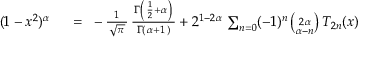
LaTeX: \begin{array} { r l } { ( 1 - x ^ { 2 } ) ^ { \alpha } } & { { } ~ = ~ - { \frac { 1 } { \, { \sqrt { \pi \, } } \, } } \, { \frac { \, \Gamma \left( \, { \frac { 1 } { 2 } } + \alpha \, \right) \, } { \Gamma ( \, \alpha + 1 \, ) } } + 2 ^ { 1 - 2 \alpha } \, \sum _ { n = 0 } ( - 1 ) ^ { n } \, { \binom { 2 \alpha } { \alpha - n } } \, T _ { 2 n } ( x ) } \end{array}